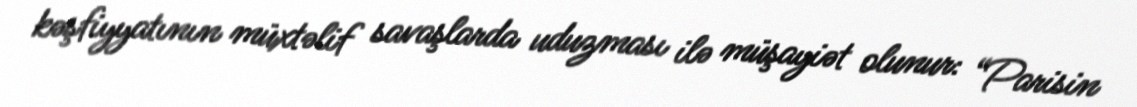
kəşfiyyatının müxtəlif savaşlarda uduzması ilə müşayiət olunur: “Parisin